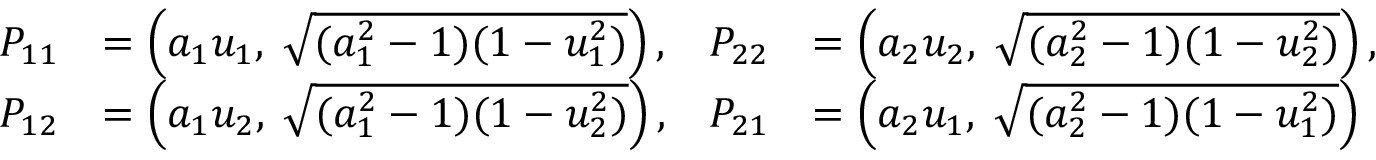
{ \begin{array} { r l r l } { P _ { 1 1 } } & { = \left( a _ { 1 } u _ { 1 } , \; { \sqrt { ( a _ { 1 } ^ { 2 } - 1 ) ( 1 - u _ { 1 } ^ { 2 } ) } } \right) , } & { P _ { 2 2 } } & { = \left( a _ { 2 } u _ { 2 } , \; { \sqrt { ( a _ { 2 } ^ { 2 } - 1 ) ( 1 - u _ { 2 } ^ { 2 } ) } } \right) , } \\ { P _ { 1 2 } } & { = \left( a _ { 1 } u _ { 2 } , \; { \sqrt { ( a _ { 1 } ^ { 2 } - 1 ) ( 1 - u _ { 2 } ^ { 2 } ) } } \right) , } & { P _ { 2 1 } } & { = \left( a _ { 2 } u _ { 1 } , \; { \sqrt { ( a _ { 2 } ^ { 2 } - 1 ) ( 1 - u _ { 1 } ^ { 2 } ) } } \right) } \end{array} }